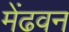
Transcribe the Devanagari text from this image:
मेंढवन